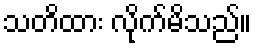
သတိထား လိုက်မိသည်။